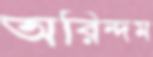
অরিন্দম